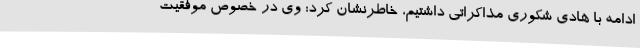
ادامه با هادی شکوری مذاکراتی داشتیم، خاطرنشان کرد: وی در خصوص موفقیت